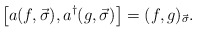
\begin{align*}\left[a(f, \vec{\sigma}), a^{\dagger}(g, \vec{\sigma})\right] =(f, g)_{\vec{\sigma}}.\end{align*}